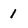
Character: 1